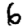
Digit: 6